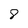
Character: 8